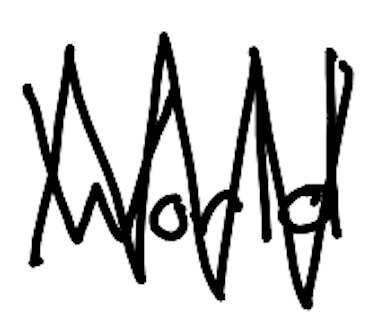
Text: World
Cross-out: zig-zag
Writing tool: digital_black